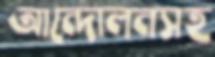
আন্দোলনসহ